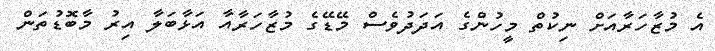
އެ މުޒާހަރާއަށް ނިކުތް މީހުންގެ އަދަދުވެސް މޭޑޭގެ މުޒާހަރާއާ އަޅާބަލާ އިރު މާބޮޑުތަން